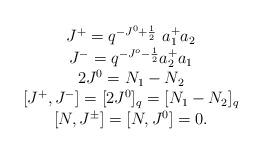
LaTeX: \begin{align*}\begin{array}{c}J^{+}=q^{-J^{0}+\frac {1}{2}}\ a^{+}_{1} a_{2}\\J^{-}=q^{-J^{o}-\frac {1}{2}} a^{+}_{2} a_{1}\\2J^{0}=N_{1}-N_{2}\\\left [ J^{+},J^{-}\right ]=[2J^{0}]_{q}=[N_{1}-N_{2}]_{q}\\\left [N,J^{\pm}\right ]=[N,J^{0}]=0.\end{array}\end{align*}